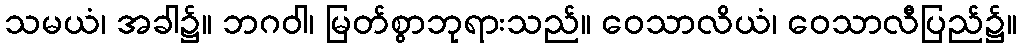
သမယံ၊ အခါ၌။ ဘဂဝါ၊ မြတ်စွာဘုရားသည်။ ဝေသာလိယံ၊ ဝေသာလီပြည်၌။